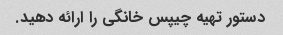
دستور تهیه چیپس خانگی را ارائه دهید.